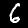
Label: 6